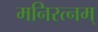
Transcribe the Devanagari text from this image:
मनिरत्नम्‌